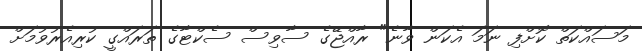
މަސައްކަތް ކޮށްފި ނަމަ އެކަން ވާނެ" ރާއްޖޭގެ ސާވިސް ސެކްޓާގެ ތަރައްގީ ކުރިއެރުވުމަށް